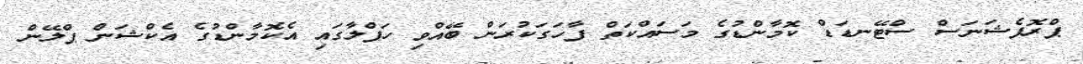
ޕްރޮފެޝަނަސް ސްޓޭނޑަޑް ކޮމާންޑުގެ މަސައްކަތް ފާހަގަކުރަން ބޭއްވި ހަފްލާގައި އެކޮމާންޑުގެ އެކްޝަން ޕްލޭން